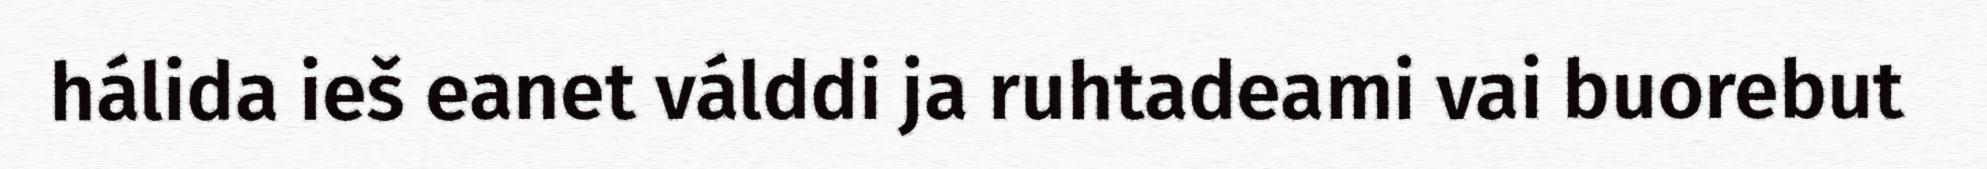
hálida ieš eanet válddi ja ruhtadeami vai buorebut